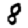
Digit: 8